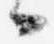
々